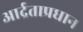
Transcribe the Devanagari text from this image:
आर्द्रताप्रधान